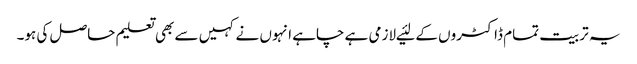
یہ تربیت تمام ڈاکٹروں کے لئیے لازمی ہے چاہے انہوں نے کہیں سے بھی تعلیم حاصل کی ہو۔